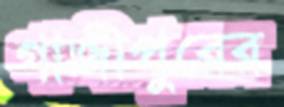
গাজীপুরের